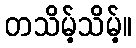
တသိမ့်သိမ့်။